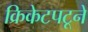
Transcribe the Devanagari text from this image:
क्रिकेटपटूने